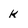
Character: k